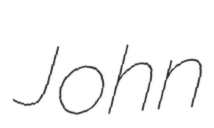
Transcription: John